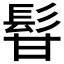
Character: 𩬚